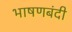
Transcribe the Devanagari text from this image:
भाषणबंदी